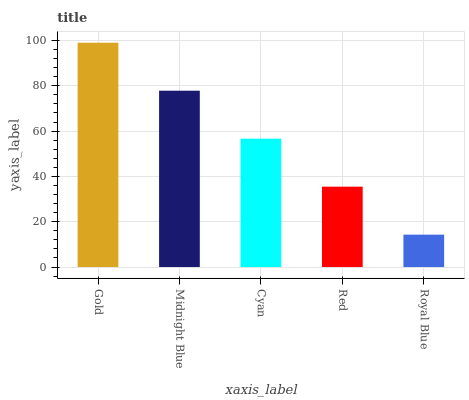
| xaxis_label | bars |
 | --- | --- |
 | Gold | 99 |
 | Midnight Blue | 77.8 |
 | Cyan | 56.6 |
 | Red | 35.5 |
 | Royal Blue | 14.3 |